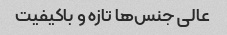
عالی جنس‌ها تازه و باکیفیت